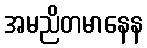
အမညိတမာနေန